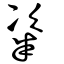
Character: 粢